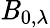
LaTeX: \operatorname{\mathit{B}}_{0,\lambda}